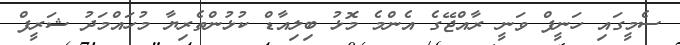
ސެމީގައި ހަނީފް ވަނީ ރާއްޖޭގެ އެންމެ މޮޅު ބިލިއާޑް ކުޅުންތެރިޔާ މުހައްމަދު ޝަރީފް